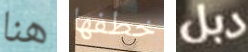
هنا خطفها دبل